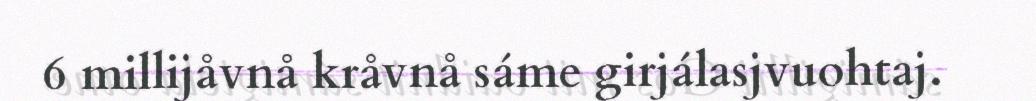
6 millijåvnå kråvnå sáme girjálasjvuohtaj.